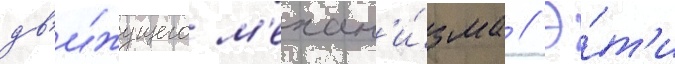
дв'и́жущего м'ехан'и́зма // Э́т'и